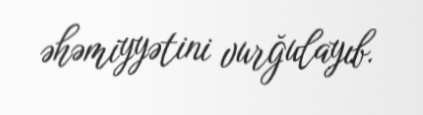
əhəmiyyətini vurğulayıb.